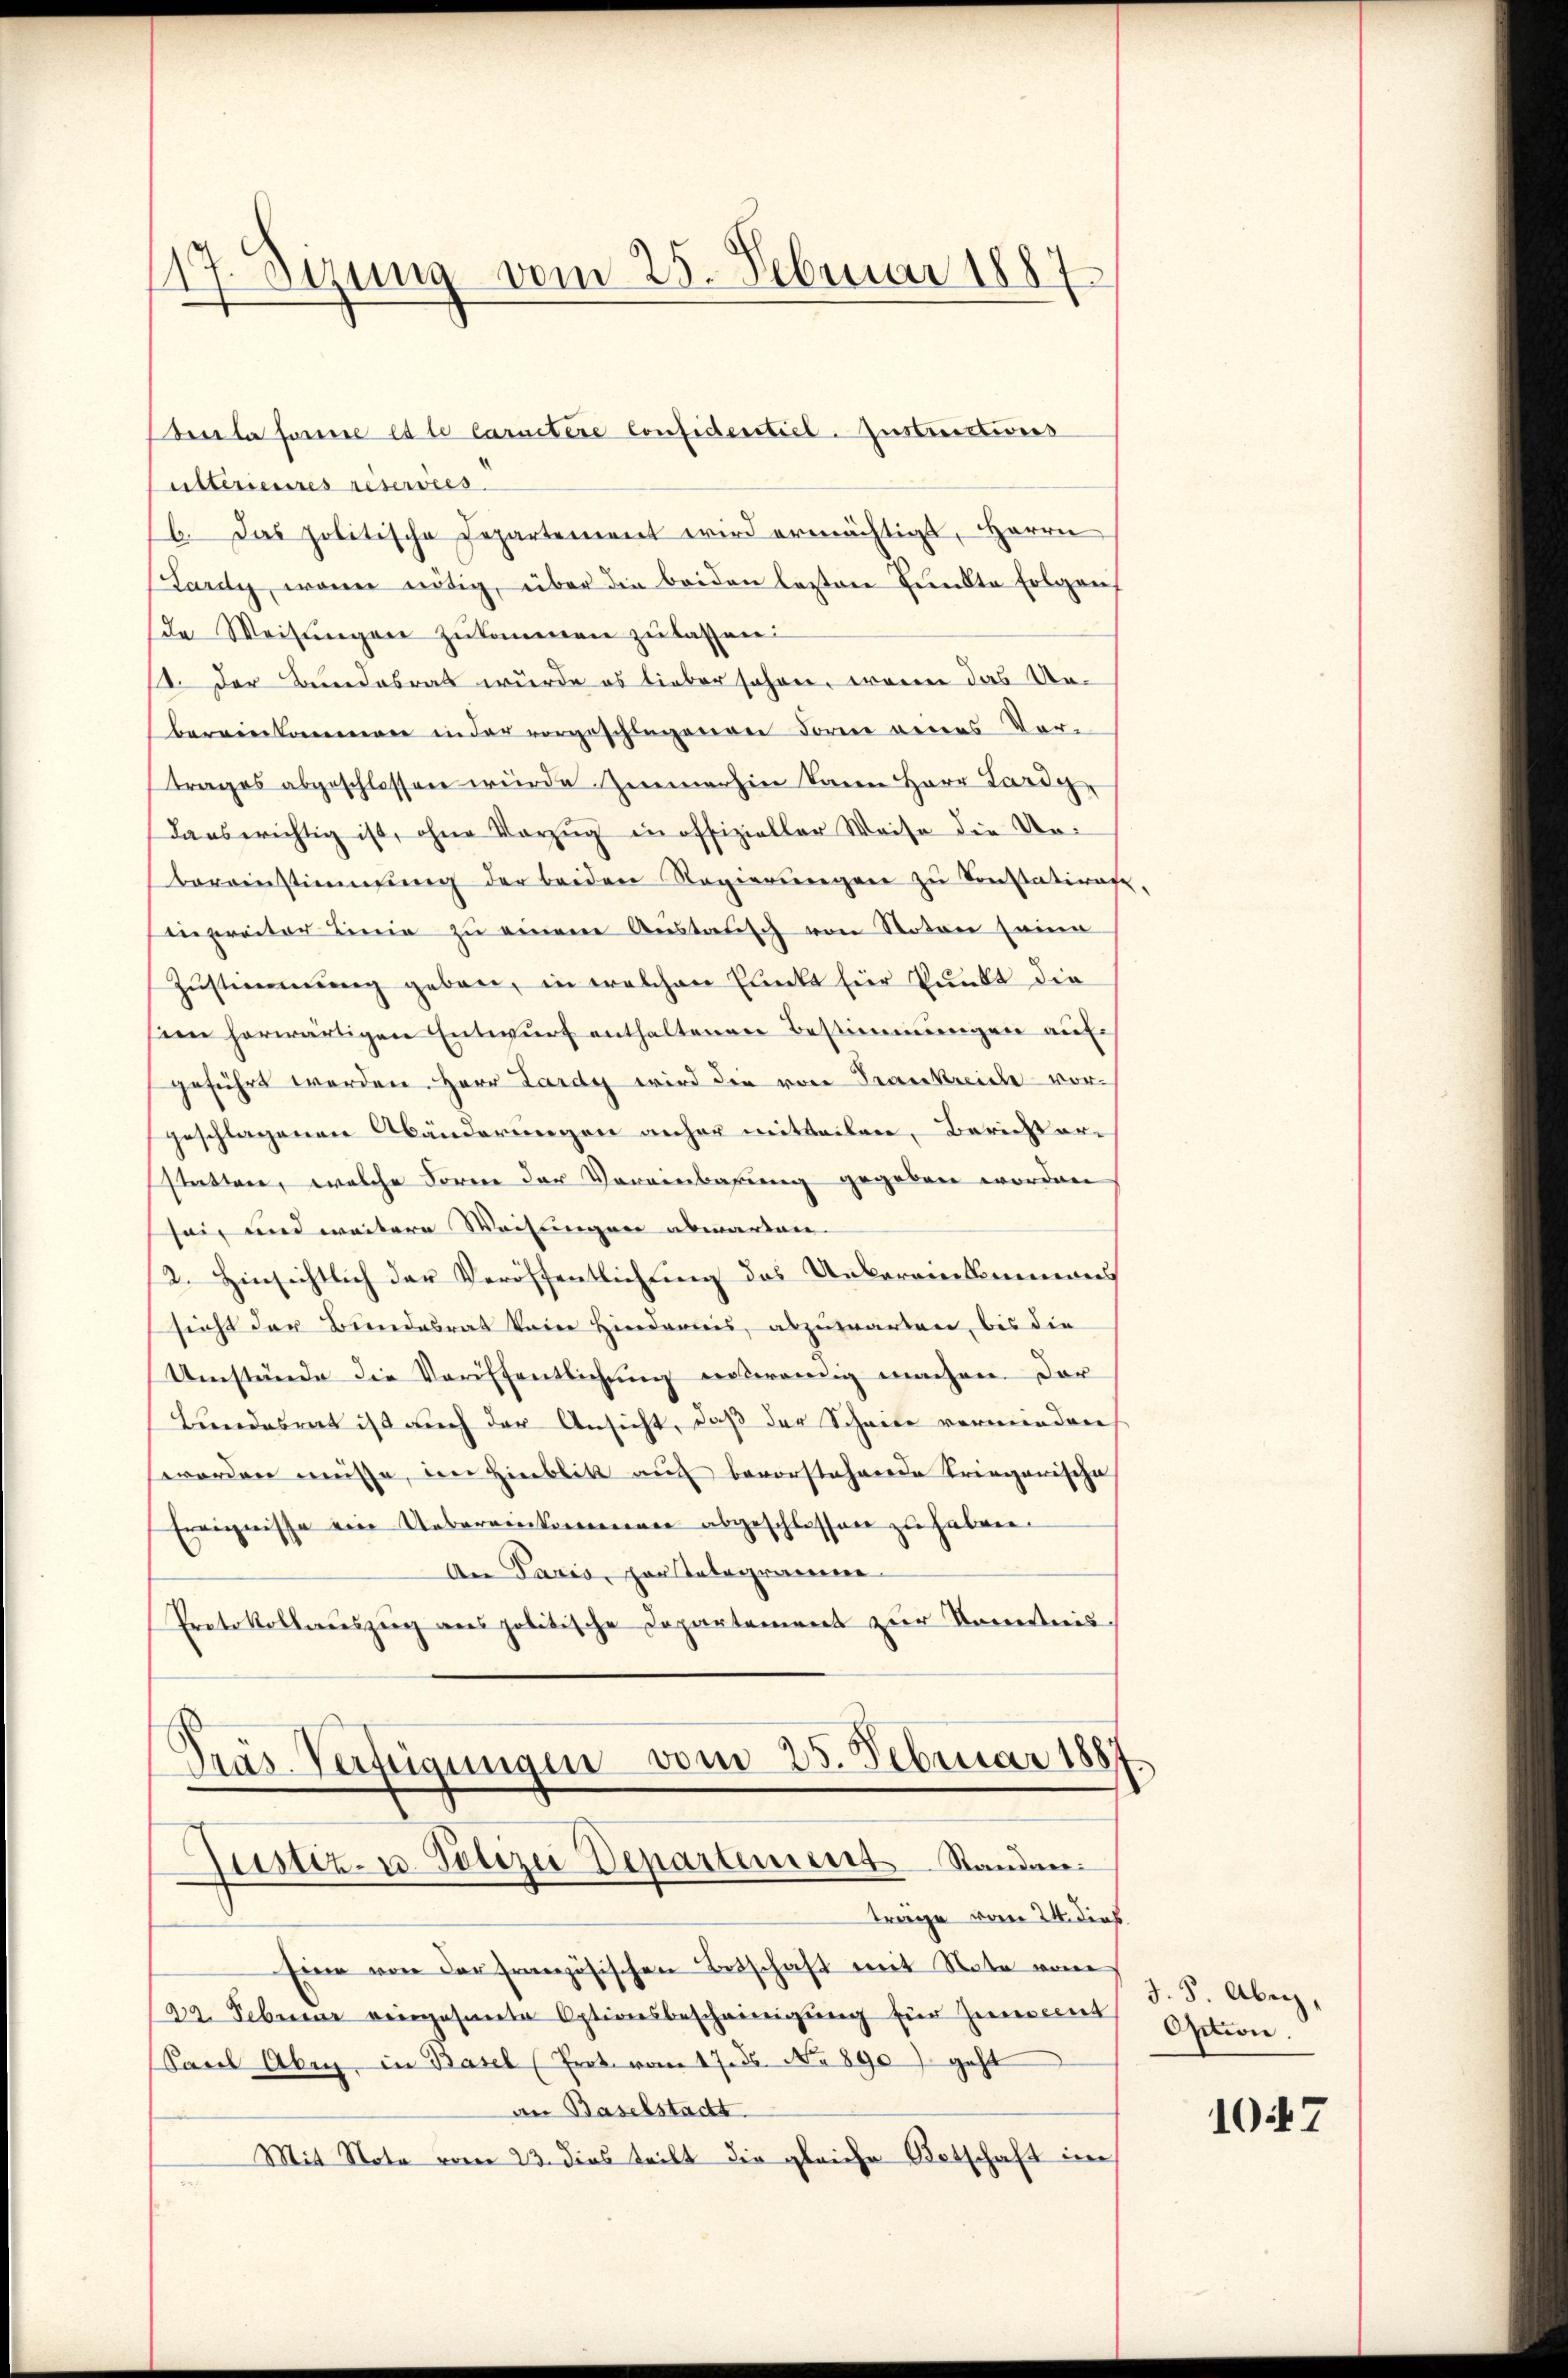
17. Sizung vom 25. Februar 1887

ulterieures réservées
b. Das politische Departement wird ermächtigt, Herrn
Lardy, wenn nötig, über die beiden lastere Punkte Folgen
de Weisungen zukommen zu lassen:
st. Der Bundesrat wurde es lieber schon, wenn das Urbereinkommen in der vorgeschlagenen Form neues Vor-
trages abgeschlossen wurde Immerhin kann Herr Lardy,
dans wichtig ist, ohne Vorzug in offizieller Weise die Urbereinstimmung der beiden Regierŭngen zŭ konstatiragt,
inpreiter Linie zŭ einem Anstausch von Roten seine
Zustimmung geben, in welchen Punkt für Punkt die
ien herwärtigen Entwurf enthaltenen Bestimmungen aufgeführt werden Herr Lardy wird die von Frankreiche vorgeschlagenen Abänderungen anher mitteilen, Berichtersettere, welche Forene der Vereinbarung gegeben worden
sei, und weitere Weisungen abwarten
12. Hinsichtlich der Veröffentlichung des Unbereinkommens
sicht der Bundesrat kein Hindernis, abzuwarten, bis die
Umstände die Veröffentlichung notwendig machen. Der
Bundesrat ist auch der Ansicht, daß der Scheite vermieden
worden müsse, im Hinblik auf bevorstehende Krieganische
Ereignisse eine Uebereinkommenen abgeschlossen zu haben.
An Paris, par telegramme
Protokollsauszug aus politische Departement zur Unvertnis
Präs. Verfügungen vom 25. Februar 188
sustiz- u. Polizei Departement Standen.
träge vom 24. dies
Eine von der Französischen Ortschaft mit Note vom
22. Seben eingesante Optionsbescheinigŭng für Zimment
Sacel Aber, in Basel (Prot. vom 17. ds. No 890.) geht
an Baselstadtt
Mit Nota vom 23. dies teilt die gleiche Botschaft in

dere la ferne et le Caractere Considerstiel-Instructiones

J.F. Abegg,
Option.

1047